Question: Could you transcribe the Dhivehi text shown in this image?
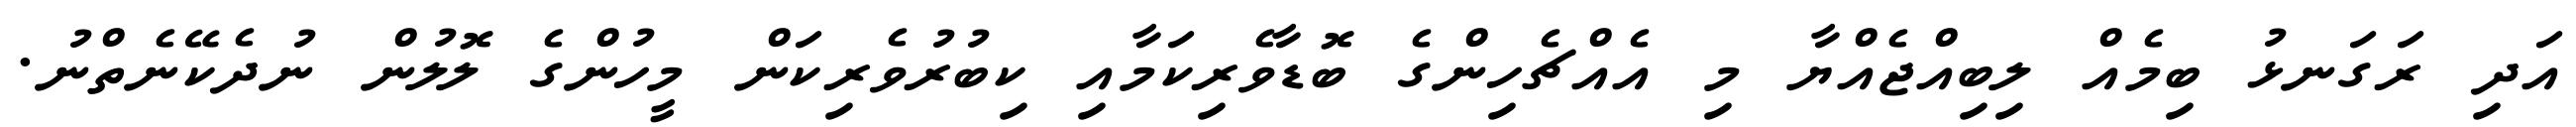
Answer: އަދި ރަގަނޅު ބިމެއް ލިބިއްޖެއްޔާ މި އެއްޗެހިންގެ ބޮޑާވެރިކަމާއި ކިބުރުވެރިކަން މީހުންގެ ލޮލުން ނުދެކޭނެތްނު.